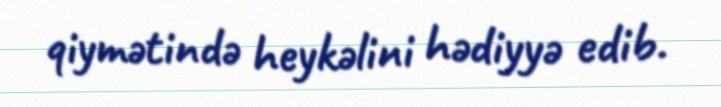
qiymətində heykəlini hədiyyə edib.